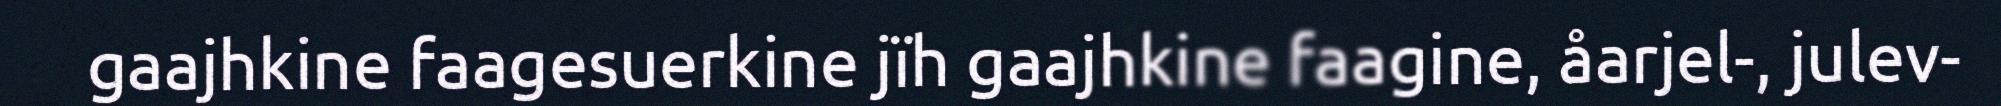
gaajhkine faagesuerkine jïh gaajhkine faagine, åarjel-, julev-